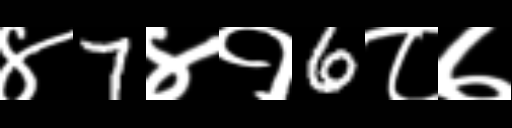
Text: ४7४१6८७